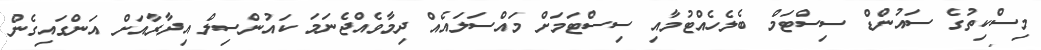
މިސްކިތުގެ ސައުންޑް ސިސްޓަމް ބެލެހެއްޓުމާއި ސިސްޓަމަށް މައްސަލައެއް ދިމާވެއްޖެނަމަ ކައުންސިލް އިދާރާއަށް އަންގައިގެން